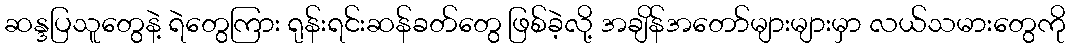
ဆန္ဒပြသူတွေနဲ့ ရဲတွေကြား ရုန်းရင်းဆန်ခတ်တွေ ဖြစ်ခဲ့လို့ အချိန်အတော်များများမှာ လယ်သမားတွေကို